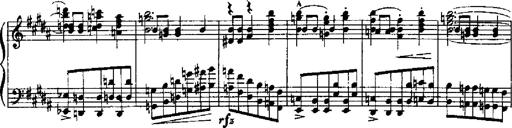
Title: RÃ©miniscences de Robert le diable
Composer: Franz Liszt